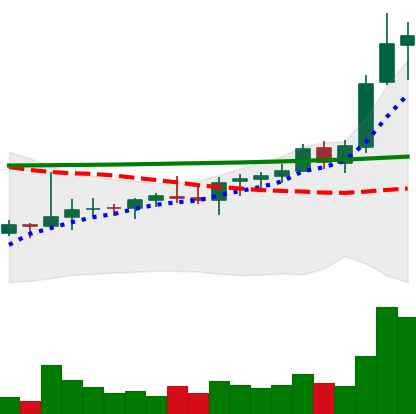
Ticker: ADA-USD
Chart end date: 2021-08-12
Forward return: 5.632%
Label: up_5_7